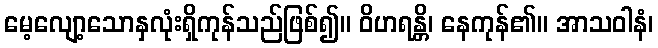
မေ့လျော့သောနှလုံးရှိကုန်သည်ဖြစ်၍။ ဝိဟရန္တိ၊ နေကုန်၏။ အာသဝါနံ၊